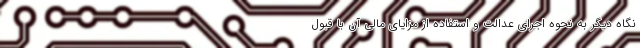
نگاه دیگر به نحوه اجرای عدالت و استفاده از مزایای مالی آن با قبول